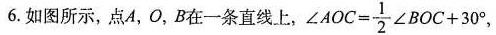
6.如图所示，点4，O，B在一条直线上， $$∠ AOC= \frac{ 1 } { 2 }∠ B O C + 3 0 °$$，